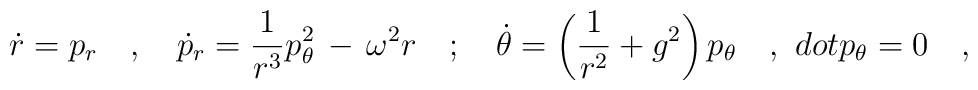
\dot{r}=p_r\ \ \ ,\ \ \ \dot{p}_r=\frac{1}{r^3}p^2_\theta\,-\,\omega^2r\ \ \ ;\ \ \ \dot{\theta}=\left(\frac{1}{r^2}+g^2\right)p_\theta\ \ \ ,\ \ \\dot{p}_\theta=0\ \ \ ,